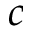
c